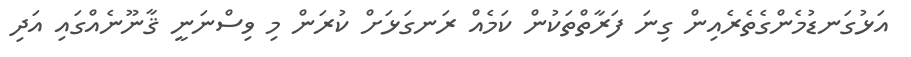
އަޅުގަނޑުމެންގެތެރެއިން ގިނަ ފަރާތްތަކުން ކަމެއް ރަނގަޅަށް ކުރަން މި ވިސްނަނީ ޤާނޫނެއްގައިި އަދި